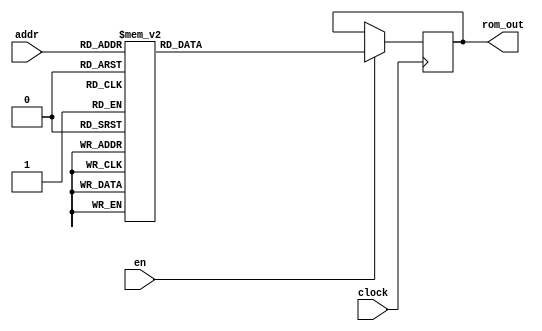
module rom #(parameter data_width =8)

  (
    input clock,
    input en,
    input [2:0] addr,
    output reg[data_width-1:0]rom_out
  );

  always@(posedge(clock)) begin 
    if (en == 1) begin 
        case(addr)
          3'b000:rom_out <= 8'b00000001;
          3'b001:rom_out <= 8'b00000010;
          3'b010:rom_out <= 8'b00000011;
          3'b011:rom_out <= 8'b00000100;
          3'b100:rom_out <= 8'b00000101;
          3'b101:rom_out <= 8'b00000110;
          3'b110:rom_out <= 8'b00000111;
          3'b111:rom_out <= 8'b00001000;
        endcase
     end
     // $display("rom[0]:0b%b rom[1]:0b%b rom[2]:0b%b rom[3]:0b%b \nrom[4]:0b%b rom[5]:0b%b rom[6]:0b%b rom[7]:0b%b",rom[0],rom[1],rom[2],rom[3],rom[4],rom[5],rom[6],rom[7]); 
  end
endmodule